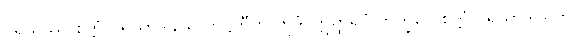
ပုရိသဿ စိတ္တံ ပရိယာဒါနယ တိဋ္ဌတီတိ ဣဒံ၊ ဣတ္ထိရူပံ ဘိက္ခဝေ စိတ္တံ ပရိယာဒါယတိ